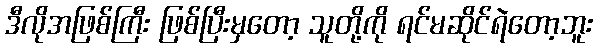
ဒီလိုအဖြစ်ကြီး ဖြစ်ပြီးမှတော့ သူတို့ကို ရင်မဆိုင်ရဲတော့ဘူး